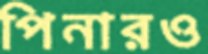
পিনারও